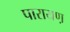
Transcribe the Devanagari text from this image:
पारायण़